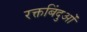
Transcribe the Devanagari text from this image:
रक्तबिंदुओं